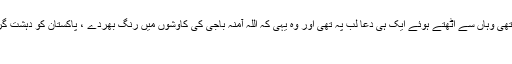
کراچی پریس کلب میں ان کی صحافیوں کے ساتھ خصوصی نشست ختم ہوگئی تھی وہاں سے اٹھتے ہوئے ایک ہی دعا لب پہ تھی اور وہ یہی کہ اللہ آمنہ باجی کی کاوشوں میں رنگ بھردے ، پاکستان کو دہشت گردی سمیت تمام اندرونی اور بیرونی خطرات سے محفوظ رکھے ، آمین ثم آمین
Previous Previous post: کیا ہم اب بھی ایک نہیں ہوسکتے؟